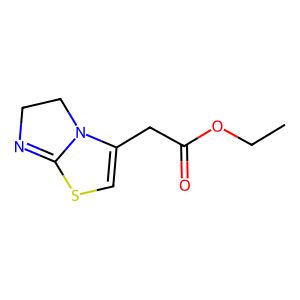
SMILES: CCOC(=O)CC1=CSC2=NCCN12
Inhibits HIV replication: No